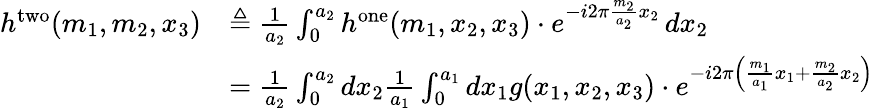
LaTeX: {\begin{array}{rl}{h^{\mathrm{two}}(m_{1},m_{2},x_{3})}&{\triangleq{\frac{1}{a_{2}}}\int_{0}^{a_{2}}h^{\mathrm{one}}(m_{1},x_{2},x_{3})\cdot e^{-i2\pi{\frac{m_{2}}{a_{2}}}x_{2}}\, dx_{2}}\\ &{={\frac{1}{a_{2}}}\int_{0}^{a_{2}}dx_{2}{\frac{1}{a_{1}}}\int_{0}^{a_{1}}dx_{1}g(x_{1},x_{2},x_{3})\cdot e^{-i2\pi\left({\frac{m_{1}}{a_{1}}}x_{1}+{\frac{m_{2}}{a_{2}}}x_{2}\right)}}\end{array}}